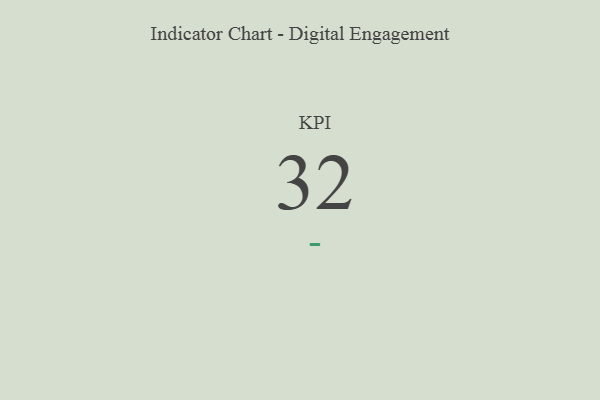
{"axis": {"x": "KPI", "y": "Value"}, "legend": [""], "data": [{"x": "KPI", "y": 32, "type": ""}]}